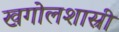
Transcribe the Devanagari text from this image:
खगोलशास्री